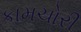
કામચોરી